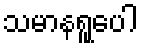
သမာနရူပေါ